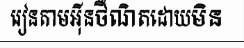
រៀនតាមអ៊ីនថឺណិតដោយមិន